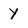
Character: Y